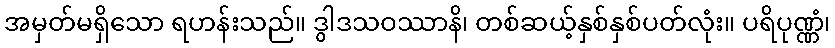
အမှတ်မရှိသော ရဟန်းသည်။ ဒွါဒသဝဿာနိ၊ တစ်ဆယ့်နှစ်နှစ်ပတ်လုံး။ ပရိပုဏ္ဏံ၊